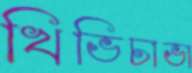
খিভিচাভা